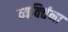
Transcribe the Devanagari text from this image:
व्यक्‍तिंना